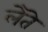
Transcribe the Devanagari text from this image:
लेतॆ